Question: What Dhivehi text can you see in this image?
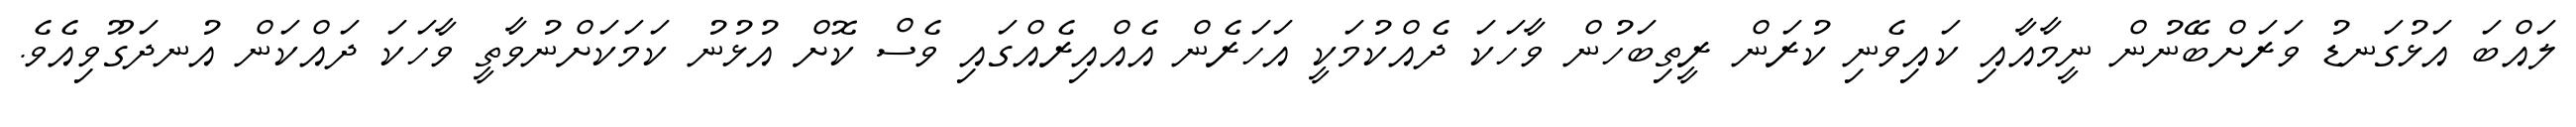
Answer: ލައްބަ އަޅުގަނޑު ވަރަށްބޭނުން ނީމާއާއި ކައިވެނި ކުރަން ރީތިބަހުން ވާހަކަ ދެއްކުމަކީ އަހަރެން އެއްއިރެއްގައި ވެސް ކޮށް އުޅުނު ކަމަކަށްނުވާތީ ވާހަކަ ދައްކަން އުނދަގޫވިއެވެ.